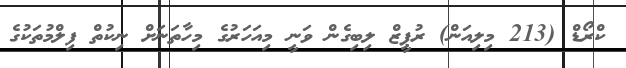
ކްރޯޑް (213 މިލިއަން) ރުޕީޒް ލިބިގެން ވަނީ މިއަހަރުގެ މިހާތަނަށް ނިކުތް ފިލްމުތަކުގެ